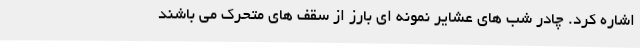
اشاره کرد. چادر شب های عشایر نمونه ای بارز از سقف های متحرک می باشند